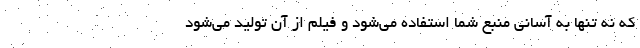
که نه تنها به آسانی منبع شما استفاده می‌شود و فیلم از آن تولید می‌شود